Vaccination in Bombay 1863-1868 - 1863-1868
Year: 1863
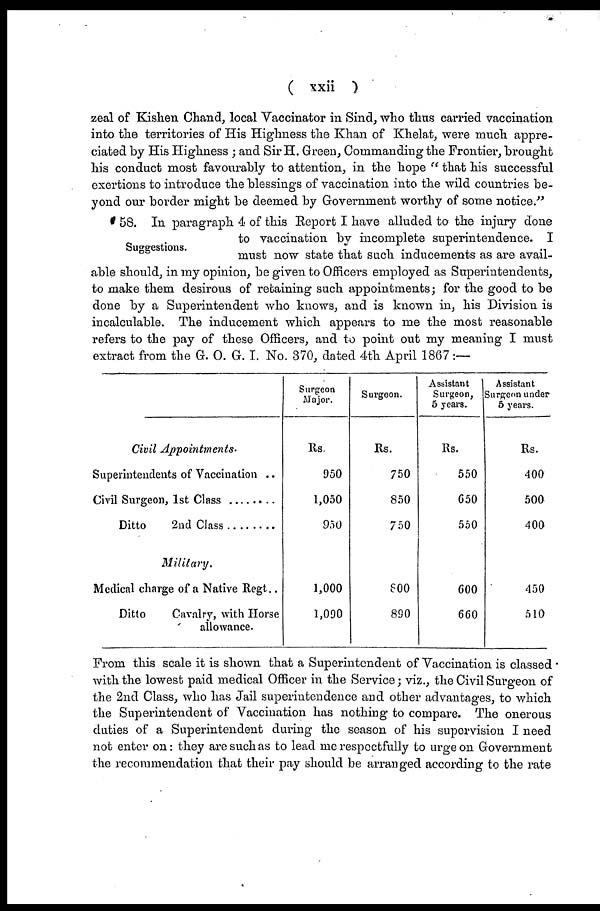
( xxii )
zeal of Kishen Chand, local Vaccinator in Sind, who thus carried vaccination
into the territories of His Highness the Khan of Khelat, were much appre-
ciated by His Highness ; and Sir H. Green, Commanding the Frontier, brought
his conduct most favourably to attention, in the hope " that his successful
exertions to introduce the blessings of vaccination into the wild countries be-
yond our border might be deemed by Government worthy of some notice."
Suggestions.
58. In paragraph 4 of this Report I have alluded to the injury done
to vaccination by incomplete superintendence. I
must now state that such inducements as are avail-
able should, in my opinion, be given to Officers employed as Superintendents,
to make them desirous of retaining such appointments; for the good to be
done by a Superintendent who knows, and is known in, his Division is
incalculable. The inducement which appears to me the most reasonable
refers to the pay of these Officers, and to point out my meaning I must
extract from the G. O. G. I. No. 370, dated 4th April 1867 :—
Civil Appointments.
Superintendents of Vaccination ..
Civil Surgeon, 1st Class ........
Ditto 2nd Class ............
Military.
Medical charge of a Native Regt..
Ditto
Cavalry, with Horse
allowance.
Surgeon
Major.
Rs.
950
1,050
950
1,000
1,090
Surgeon.
Rs.
750
850
750
800
890
Assistant
Surgeon,
5 years.
Rs.
550
650
550
600
660
Assistant
Surgeon under
5 years.
Rs.
400
500
400
450
510
From this scale it is shown that a Superintendent of Vaccination is classed
with the lowest paid medical Officer in the Service; viz., the Civil Surgeon of
the 2nd Class, who has Jail superintendence and other advantages, to which
the Superintendent of Vaccination has nothing to compare. The onerous
duties of a Superintendent during the season of his supervision I need
not enter on: they are such as to lead me respectfully to urge on Government
the recommendation that their pay should be arranged according to the rate